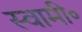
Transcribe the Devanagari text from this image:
स्वामी॰